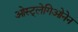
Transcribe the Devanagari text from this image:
ओस्ट्लेगिओनेन